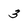
Character: 3